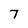
Character: 7